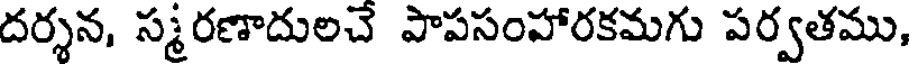
దర్శన, స్మరణాదులచే పాపసంహారకమగు పర్వతము,